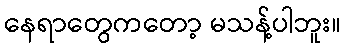
နေရာတွေကတော့ မသန့်ပါဘူး။